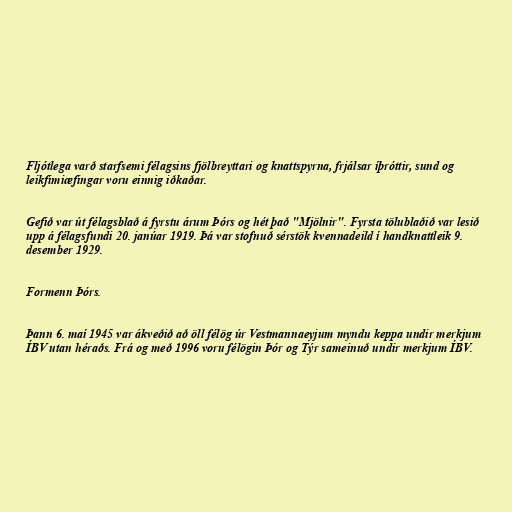
Fljótlega varð starfsemi félagsins fjölbreyttari og knattspyrna, frjálsar íþróttir, sund og
leikfimiæfingar voru einnig iðkaðar.

Gefið var út félagsblað á fyrstu árum Þórs og hét það "Mjölnir". Fyrsta tölublaðið var lesið
upp á félagsfundi 20. janúar 1919. Þá var stofnuð sérstök kvennadeild í handknattleik 9.
desember 1929.

Formenn Þórs.

Þann 6. maí 1945 var ákveðið að öll félög úr Vestmannaeyjum myndu keppa undir merkjum
ÍBV utan héraðs. Frá og með 1996 voru félögin Þór og Týr sameinuð undir merkjum ÍBV.